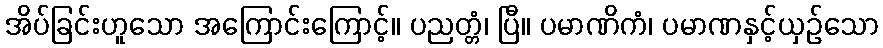
အိပ်ခြင်းဟူသော အကြောင်းကြောင့်။ ပညတ္တံ၊ ပြီ။ ပမာဏိကံ၊ ပမာဏနှင့်ယှဉ်သော